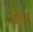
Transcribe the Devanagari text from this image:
दौडा़।